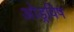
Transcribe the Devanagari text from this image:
ओड्रविष